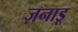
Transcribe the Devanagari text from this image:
ज़नाडू